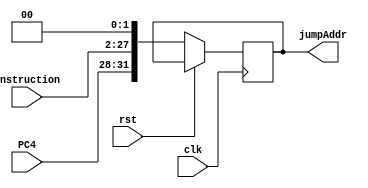
`timescale 1ns / 1ps
//////////////////////////////////////////////////////////////////////////////////
// Company: 
// Engineer: 
// 
// Design Name: 
// Module Name: instructionShift
// Project Name: MIPS (Single cycle processor)
// Target Devices: 
// Tool Versions: 
// Description: 
// 
// Dependencies: 
// 
// Revision:
// Revision 0.01 - File Created
// Additional Comments:
// 
//////////////////////////////////////////////////////////////////////////////////
//SHIFT REGISTER 2 BIT for Jump Address
module instructionShift(
    input clk,
    input rst,
    input [25:0] instruction,
    input [3:0] PC4,
    
    output reg [31:0] jumpAddr
);

    always@(posedge clk)
    if (rst)
        begin
        end
    
    else
        begin
            jumpAddr <= {PC4, instruction, 2'b00};   
        end
endmodule